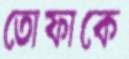
তোফাকে